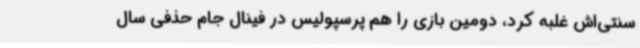
سنتی‌اش غلبه کرد، دومین بازی را هم پرسپولیس در فینال جام‌ حذفی سال